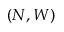
( N , W )